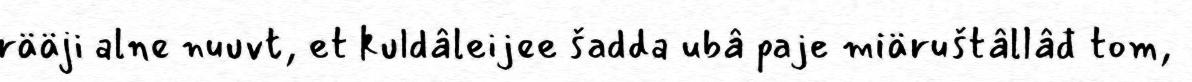
rääji alne nuuvt, et kuldâleijee šadda ubâ paje miäruštâllâđ tom,